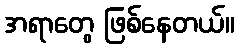
အရာတွေ ဖြစ်နေတယ်။